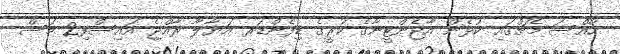
ހާއްސަ މެޗްގައި ކުޅެން އާޖެންޓީނާގެ ކުރީގެ ޑިފެންޑަރ އަޔާލާ ރާއްޖެ އައިސްފި2 މަސް